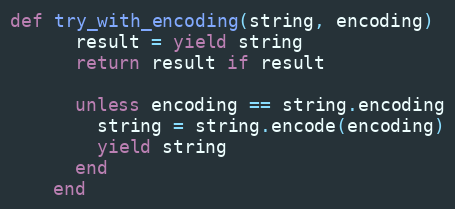
Language: Ruby
def try_with_encoding(string, encoding)
      result = yield string
      return result if result

      unless encoding == string.encoding
        string = string.encode(encoding)
        yield string
      end
    end